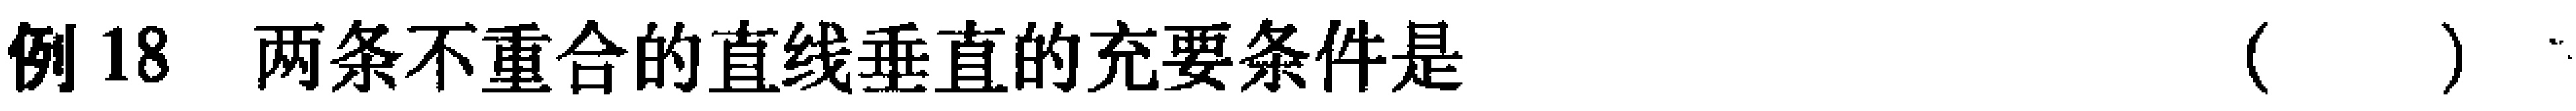
例18 两条不重合的直线垂直的充要条件是（  ）